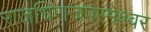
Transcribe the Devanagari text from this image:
राजधिराजपरमेश्वर